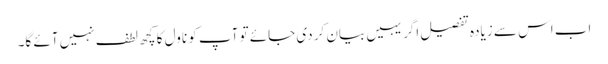
اب اس سے زیادہ تفصیل اگر یہیں بیان کر دی جائے تو آپ کو ناول کا کچھ لطف نہیں آئے گا۔